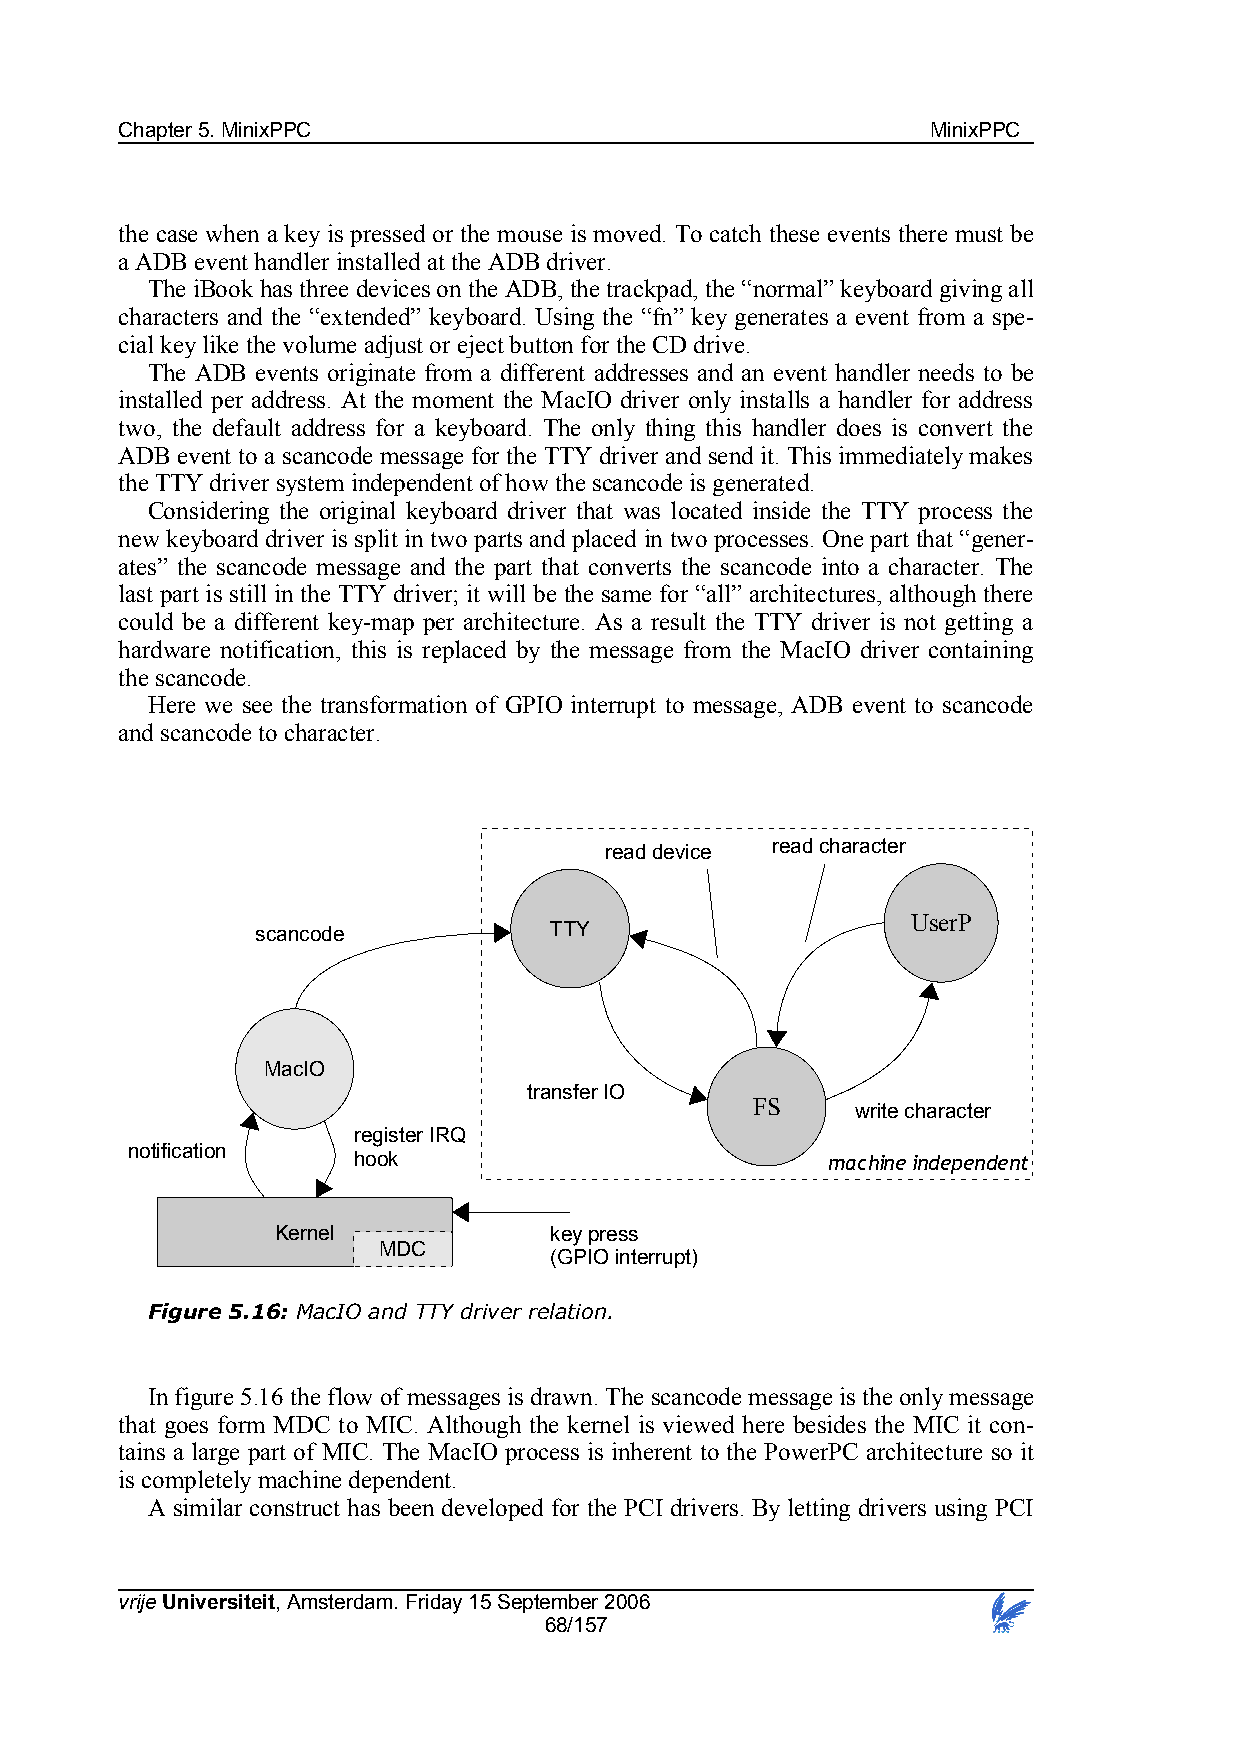
Chapter 5. MinixPPC                                   MinixPPC
 the case when a key is pressed or the mouse is moved. To catch these events there must be
 a ADB event handler installed at the ADB driver.
 The iBook has three devices on the ADB, the trackpad, the “normal” keyboard giving all
 characters and the “extended” keyboard. Using the “fn” key generates a event from a spe-
 cial key like the volume adjust or eject button for the CD drive.
 The ADB events originate from a different addresses and an event handler needs to be
 installed per address. At the moment the MacIO driver only installs a handler for address
 two, the default address for a keyboard. The only thing this handler does is convert the
 ADB event to a scancode message for the TTY driver and send it. This immediately makes
 the TTY driver system independent of how the scancode is generated.
 Considering the original keyboard driver that was located inside the TTY process the
 new keyboard driver is split in two parts and placed in two processes. One part that “gener-
 ates” the scancode message and the part that converts the scancode into a character. The
 last part is still in the TTY driver; it will be the same for “all” architectures, although there
 could be a different key-map per architecture. As a result the TTY driver is not getting a
 hardware notification, this is replaced by the message from the MacIO driver containing
 the scancode.
 Here we see the transformation of GPIO interrupt to message, ADB event to scancode
 and scancode to character.
 read device read character
 UserP
 scancode           TTY
 MacIO
 transfer IO
 FS
 write character
 register IRQ
 notification
 hook                            machine independent
 Kernel            key press
 MDC
 (GPIO interrupt)
 Figure 5.16: MacIO and TTY driver relation.
 In figure 5.16 the flow of messages is drawn. The scancode message is the only message
 that goes form MDC to MIC. Although the kernel is viewed here besides the MIC it con-
 tains a large part of MIC. The MacIO process is inherent to the PowerPC architecture so it
 is completely machine dependent.
 A similar construct has been developed for the PCI drivers. By letting drivers using PCI
 vrije Universiteit, Amsterdam. Friday 15 September 2006
 68/157